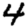
Digit: 4